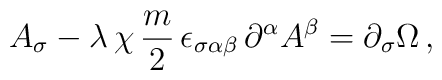
A_{\sigma} - \lambda\,\chi\, \frac{m}{2}\,\epsilon_{\sigma\alpha\beta}\,\partial^{\alpha}A^{\beta} = \partial_{\sigma}\Omega\,,